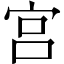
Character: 宫